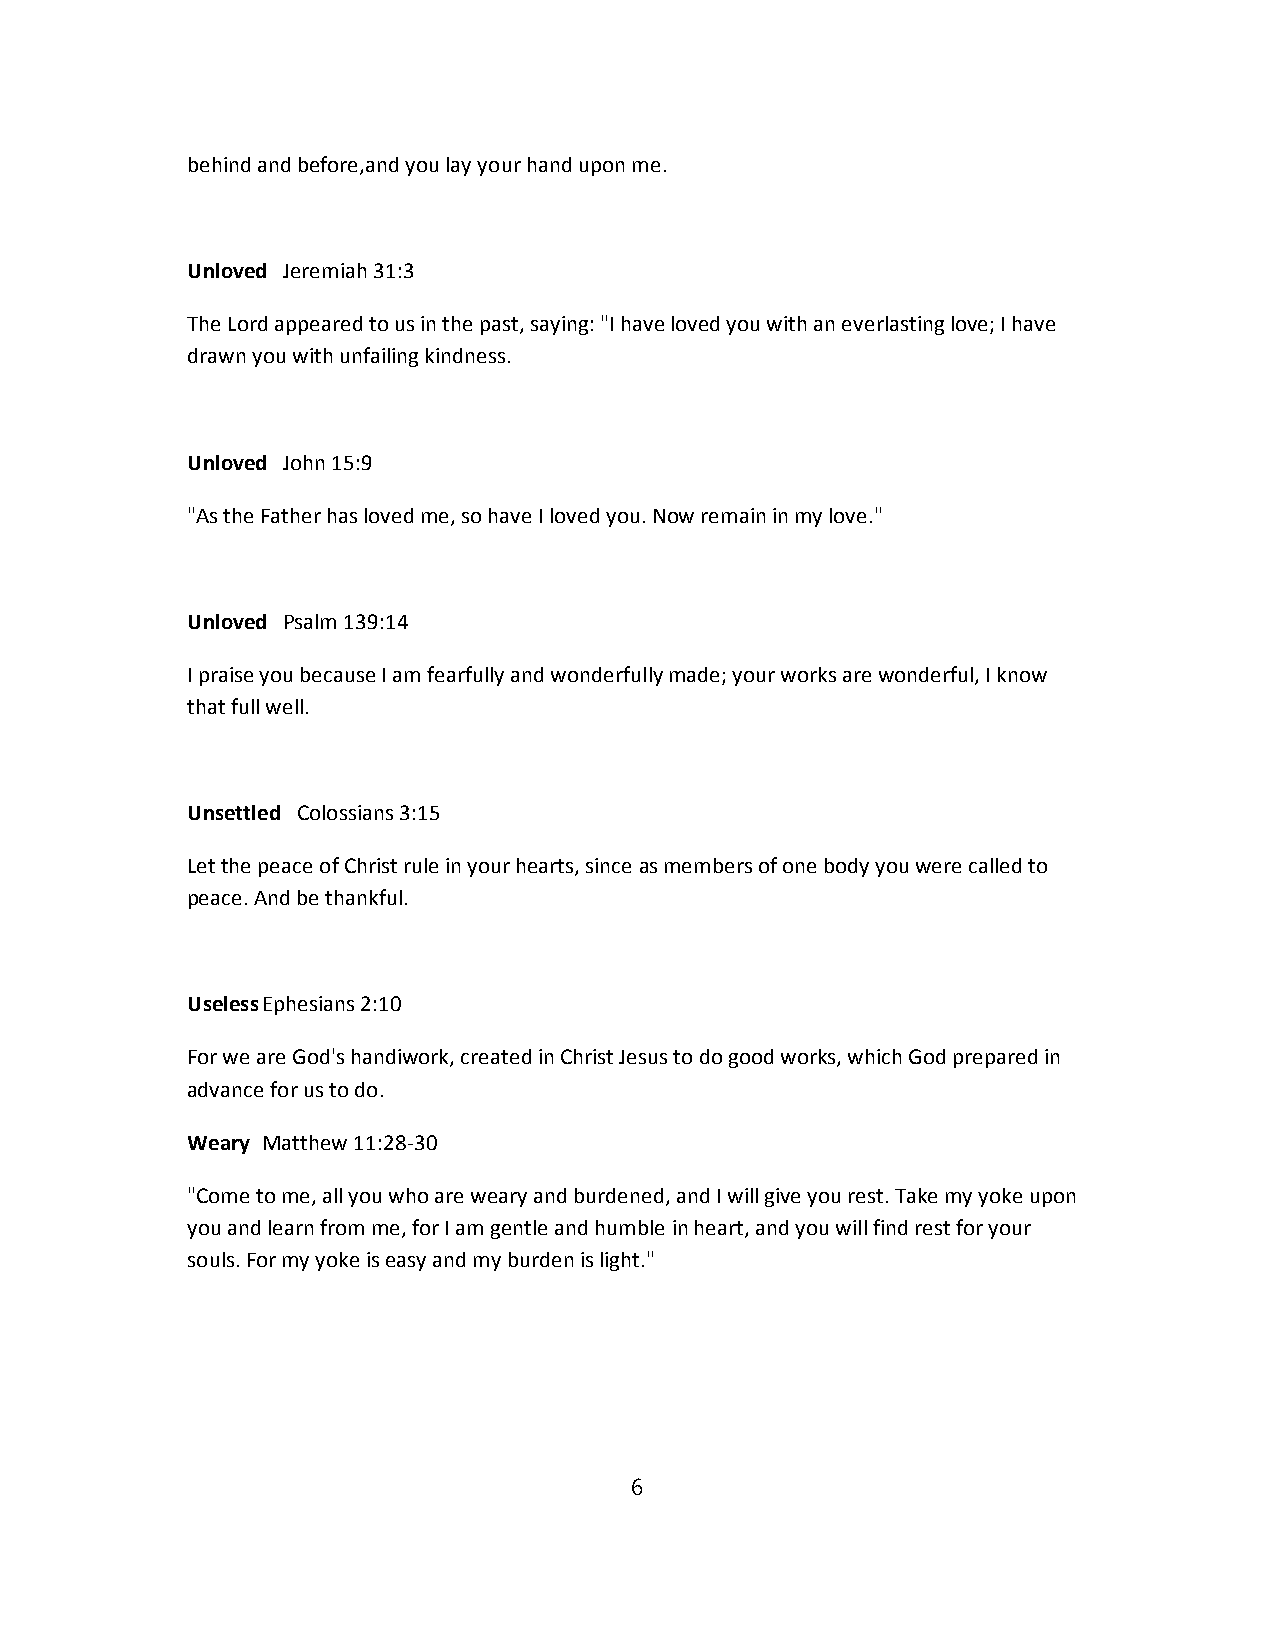
behind and before,and you lay your hand upon me.
 Unloved Jeremiah 31:3
 The Lord appeared to us in the past, saying: "I have loved you with an everlasting love; I have
 drawn you with unfailing kindness.
 Unloved John 15:9
 "As the Father has loved me, so have I loved you. Now remain in my love."
 Unloved Psalm 139:14
 I praise you because I am fearfully and wonderfully made; your works are wonderful, I know
 that full well.
 Unsettled Colossians 3:15
 Let the peace of Christ rule in your hearts, since as members of one body you were called to
 peace. And be thankful.
 UselessEphesians 2:10
 For we are God's handiwork, created in Christ Jesus to do good works, which God prepared in
 advance for us to do.
 Weary Matthew 11:28-30
 "Come to me, all you who are weary and burdened, and I will give you rest. Take my yoke upon
 you and learn from me, for I am gentle and humble in heart, and you will find rest for your
 souls. For my yoke is easy and my burden is light."
 6